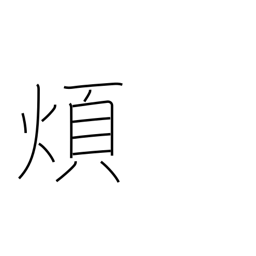
Meaning: nuisance